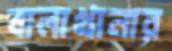
বালাখানার